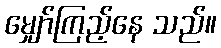
မျှော်ကြည့်နေ သည်။